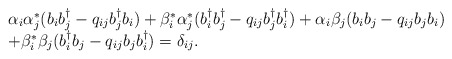
\begin{align*}\begin{array}{l} \alpha_{i}\alpha_{j}^{*}(b_{i}b_{j}^{\dagger} - q_{ij}b_{j}^{\dagger}b_{i}) + \beta_{i}^{*}\alpha_{j}^{*}(b_{i}^{\dagger}b_{j}^{\dagger} - q_{ij} b_{j}^{\dagger}b_{i}^{\dagger}) + \alpha_{i}\beta_{j}(b_{i}b_{j} - q_{ij} b_{j}b_{i})\\ + \beta_{i}^{*}\beta_{j}(b_{i}^{\dagger}b_{j} - q_{ij}b_{j} b_{i}^{\dagger}) = \delta_{ij} . \end{array}\end{align*}